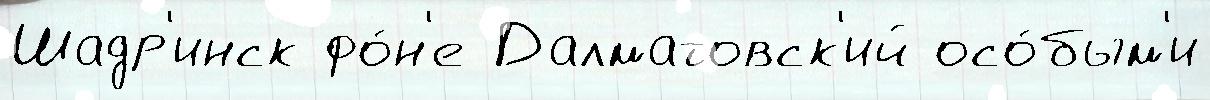
Шадр'инск фо́н'е Далматовск'ий осо́бым'и